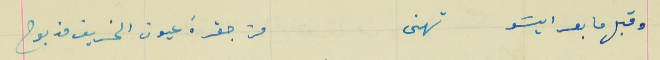
وقبل ما بعرايسَو تهنى                                  من جقرة عيون الخريف مذبوح